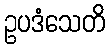
ဥပဒံသေတိ